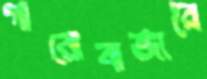
গারোবাজারে